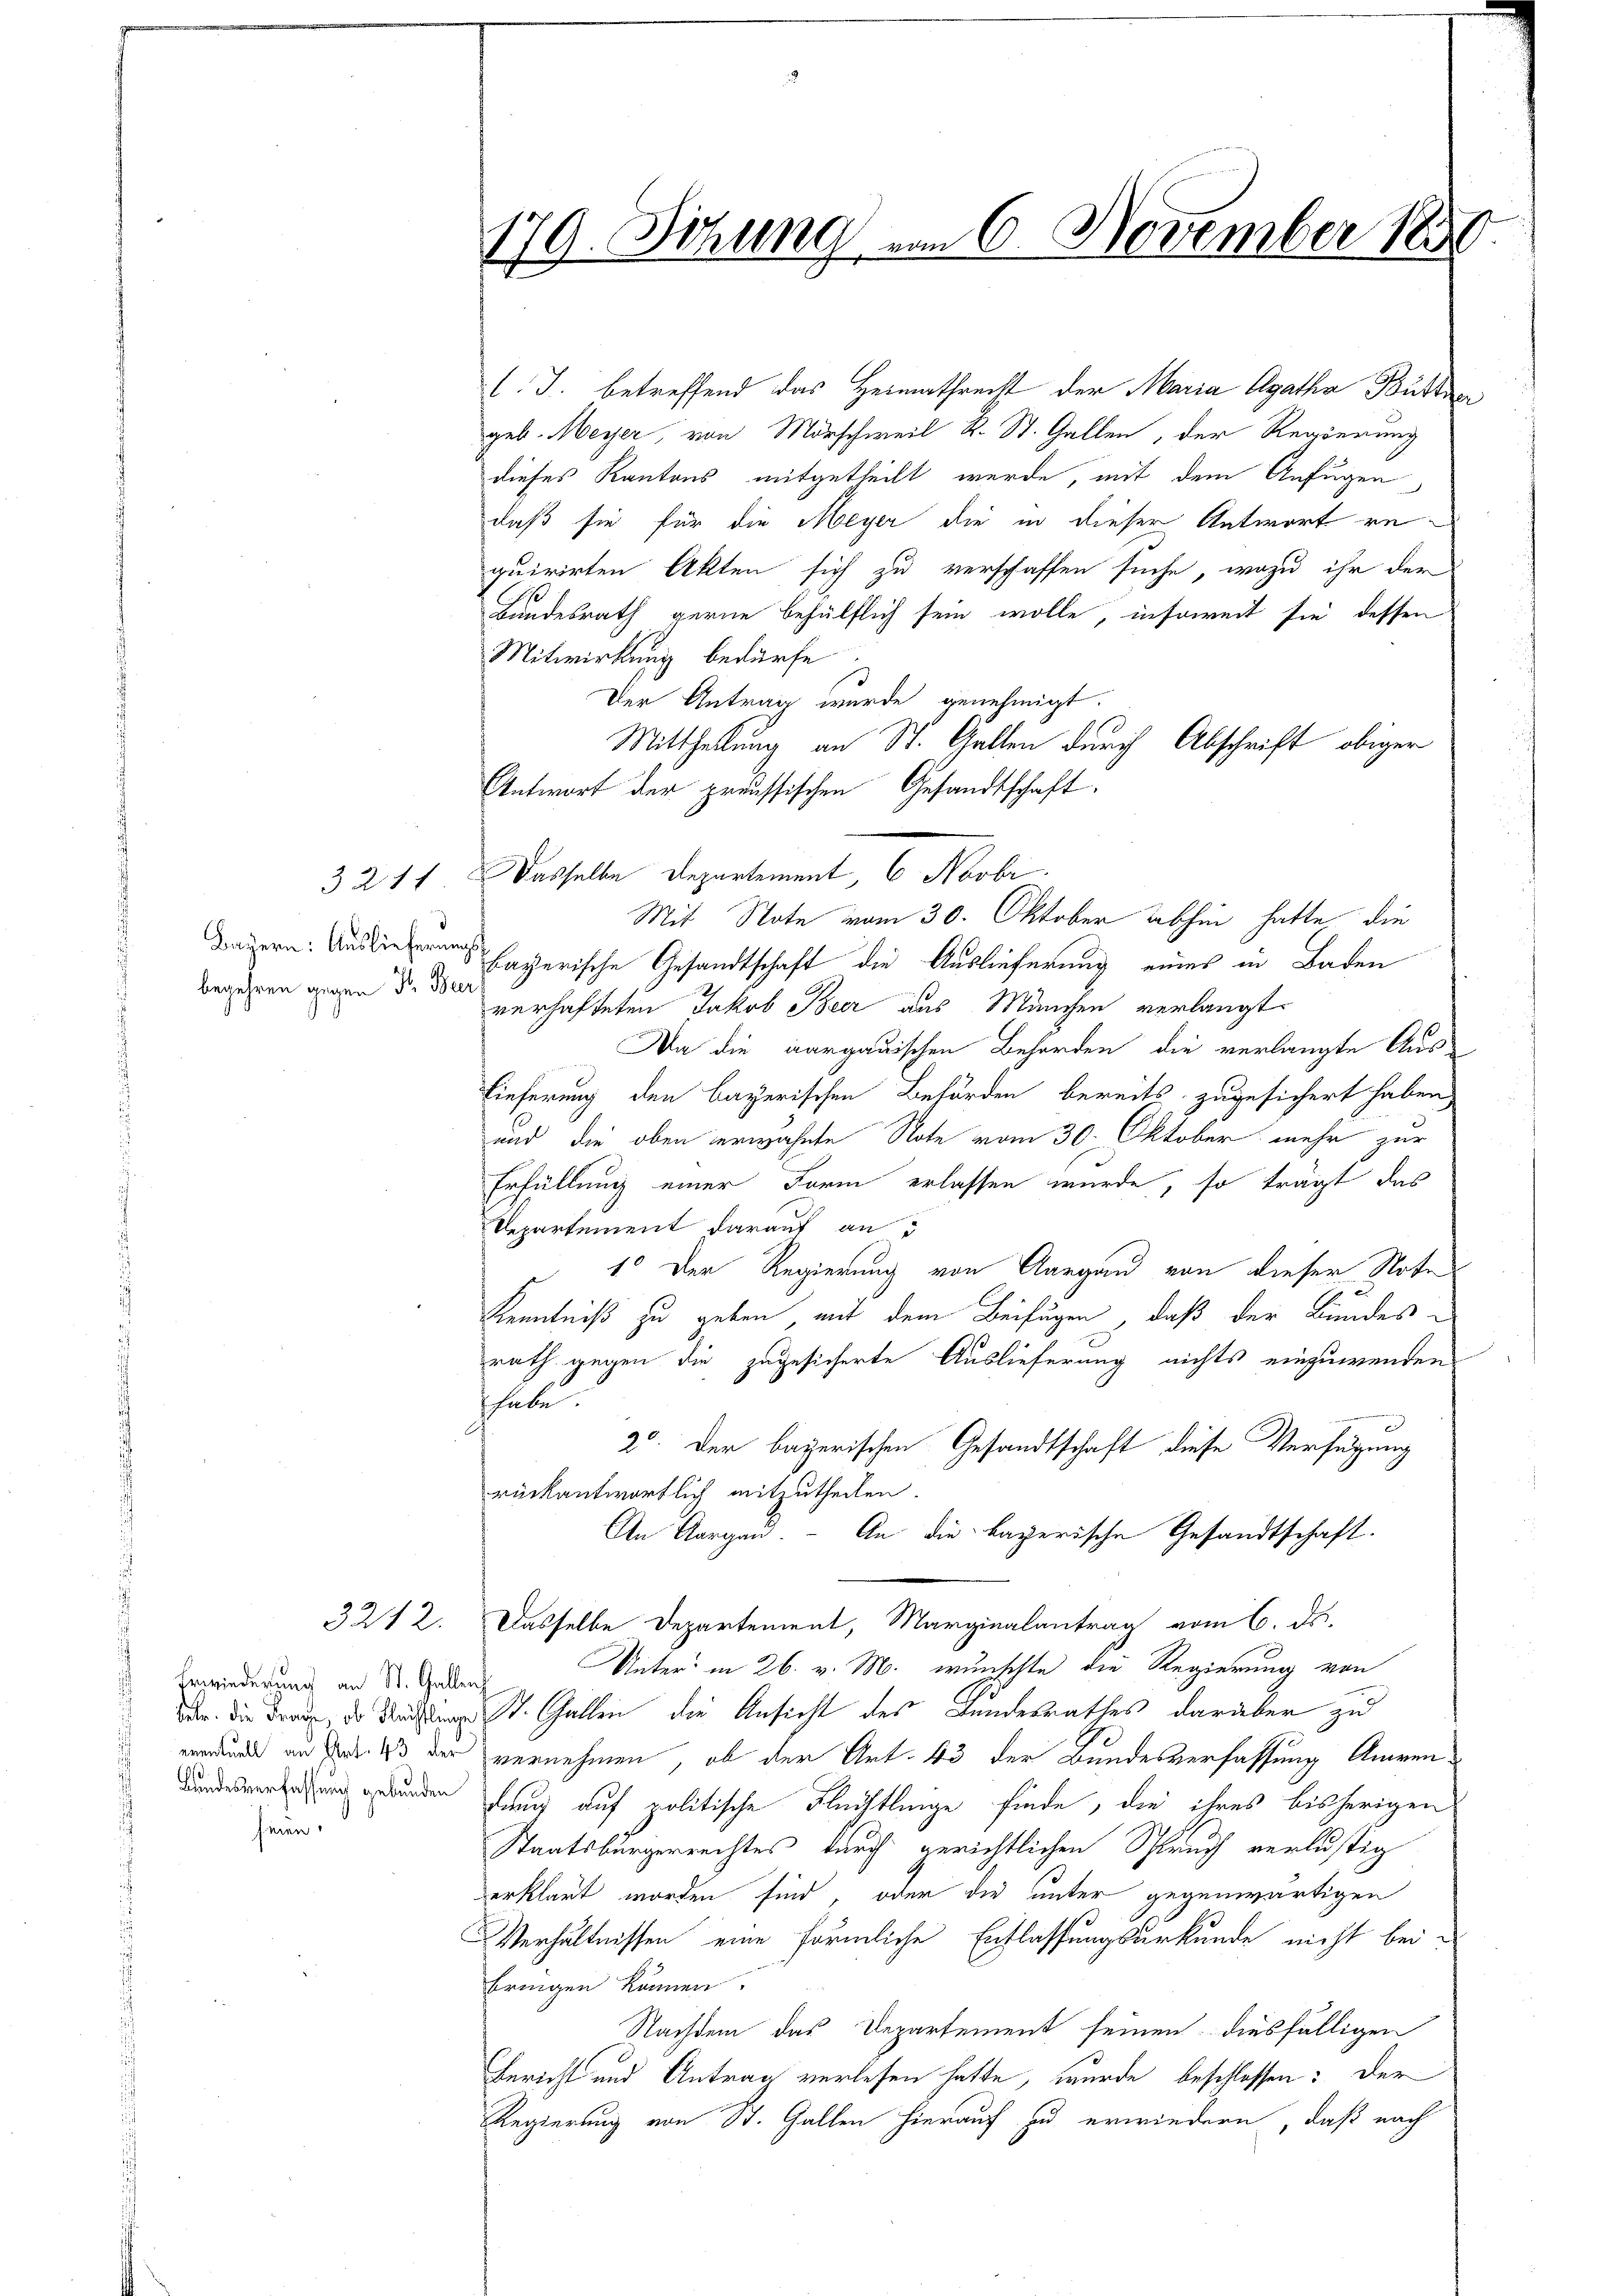
Bayern: Auslieferungs
begehren gegen S. Ber

3211

Erwiederung an St. Gallen
sinen

179. Sitzung am 6. November 1880

(.J. betreffend das Heimathrecht der Maria Agatha Butte
geb. Meyer, von Morschweil k. St. Gallen, der Regierung
dieses Kantons mitgetheilt werde, mit dem Anfügen
daß sie für die Meyer die in dieser Antwort requirirten Akten sich zu verschaffen suche, wozu ihr der
Bundesrath gerne behülflich sein wolle, insoweit sie dessen
Mitwirkung bedürfe
Der Antrag wurde genehmigt.
Mittheilung an St. Gallen durch Abschrift obiger
Antwort der preussischen Gesandtschaft.
Dasselbe Departement, 6 Novbr.
Mit Note vom 30. Oktober abhin hatte die
bayerische Gesandtschaft die Auslieferung eines in Baden
verhafteten Jakob Beer aus München verlangt.
Da die aargauischen Behörden die verlangte Aus-
Lieferung den bayerischen Behörden bereits zugesichert haben,
und die oben erwähnte Note vom 30. Oktober mehr zur
Erfüllung einer Form erlassen wurde, so trägt das
Departement darauf an
1. Der Regierung von Aargau von dieser Note
Kenntniß zu geben mit dem Beifügen, daß der Bundesrath gegen die zugesicherte Auslieferung nichts einzuwenden
hhabe.
2. Der bayerischen Gesandtschaft diese Verfügung
rückantwortlich mitzutheilen.
An Aargau. An die bayerische Gesandtschaft.
3212. Dasselbe Departement, Marginalantrag vom 6. ds.
Unter in 26. v. M. wünschte die Regierung von
dar. die Frau, da Rechtige St. Gallen, die Ansicht des Landesrathes darüber zu
verdanke an sind 13 der vernehmen, ob der Art. 43 der Bundesverfassung Anwen¬
Kundesvereitung grunden lang auf politische Flüchtlinge finde, die ihres bisherigen
Staatsbürgerrechtes durch gerichtlichen Spruch verlustig
erklärt worden sind, oder die unter gegenwärtigen
Verhältnissen eine förmliche Entlassungsurkunde nicht bei-
bringen können.
Nachdem das Departement seinen diesfälligen
Bericht und Antrag verlesen hatte, wurde beschlossen: Der
Regierung von St. Gallen hierauf zu erwiedern, daß nach